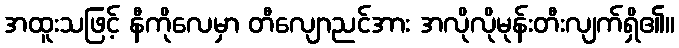
အထူးသဖြင့် နီကိုလေမှာ တီလျောညင်အား အလိုလိုမုန်းတီးလျက်ရှိ၏။